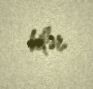
bilər.